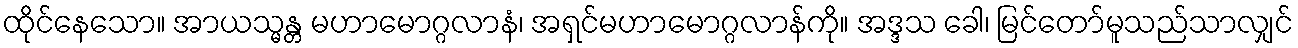
ထိုင်နေသော။ အာယသ္မန္တ မဟာမောဂ္ဂလာနံ၊ အရှင်မဟာမောဂ္ဂလာန်ကို။ အဒ္ဒသ ခေါ၊ မြင်တော်မူသည်သာလျှင်